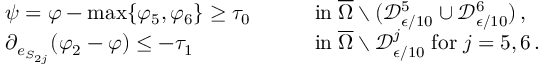
\begin{array} { r l r l } & { \psi = \varphi - \operatorname* { m a x } \{ \varphi _ { 5 } , \varphi _ { 6 } \} \geq \tau _ { 0 } \quad } & & { \mathrm { i n } \; \overline { { \Omega } } \setminus ( \mathcal { D } _ { \epsilon / 1 0 } ^ { 5 } \cup \mathcal { D } _ { \epsilon / 1 0 } ^ { 6 } ) \, , } \\ & { \partial _ { e _ { S _ { 2 j } } } ( \varphi _ { 2 } - \varphi ) \leq - \tau _ { 1 } \quad } & & { \mathrm { i n } \; \overline { { \Omega } } \setminus \mathcal { D } _ { \epsilon / 1 0 } ^ { j } \; \mathrm { f o r } \; j = 5 , 6 \, . } \end{array}